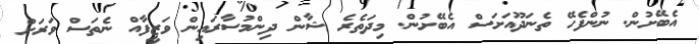
އެބޭށުން. ނުންފެހޭ ތެނަދޫއަށަސް އެބޭށުން. މިދަތެރެ ޝާން ދިންމުސާރައިން ވަޒީފާއް ނެތަސް ވަރަށް